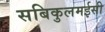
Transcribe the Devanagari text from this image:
सबिकुलमईसी